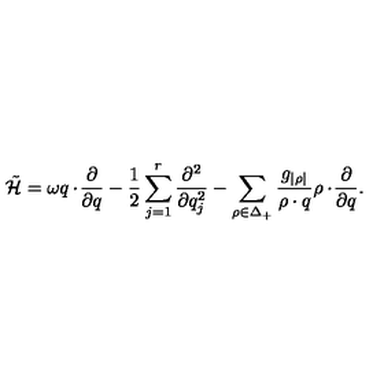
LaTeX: \tilde { \cal H } = \omega q \cdot \! { \frac { \partial } { \partial q } } - { \frac { 1 } { 2 } } \sum _ { j = 1 } ^ { r } { \frac { \partial ^ { 2 } } { \partial q _ { j } ^ { 2 } } } - \sum _ { \rho \in \Delta _ { + } } { \frac { g _ { | \rho | } } { \rho \cdot q } } \rho \cdot \! { \frac { \partial } { \partial q } } .